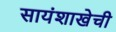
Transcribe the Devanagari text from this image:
सायंशाखेची